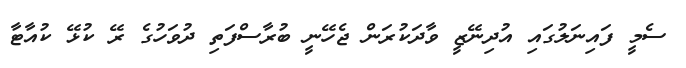
ސެމީ ފައިނަލުގައި އުދިނޭޒީ ވާދަކުރަން ޖެހޭނީ ބުރާސްފަތި ދުވަހުގެ ރޭ ކުޅޭ ކުއާޓާ